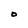
Character: 0